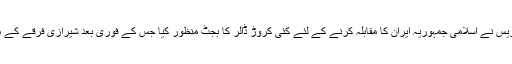
آپ نے سنا ہوگا کہ کسی وقت امریکی کانگریس نے اسلامی جمہوریہ ایران کا مقابلہ کرنے کے لئے کئی کروڑ ڈالر کا بجٹ منظور کیا جس کے فوری بعد شیرازی فرقے کے متعدد ٹی وی چینلز کا افتتاح منظر عام پر آیا۔